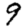
Digit: 9